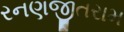
રનણજીતરામ